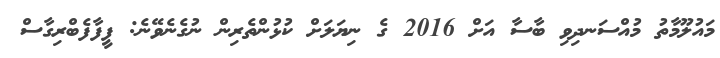
މައުލޫމާތު މުއްސަނދިވި ބާސާ އަށް 2016 ގެ ނިޔަލަށް ކުޅުންތެރިން ނުގެނެވޭނެ: ފީފާފެބްރިގާސް